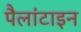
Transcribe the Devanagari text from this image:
पैलांटाइन